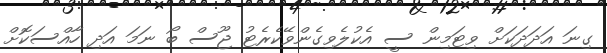
ގިނަ އަދަދަކަށް ވިޓަމިން ސީ އެކުލެވިގެންވޭކެރެޓު ޖޫސް ބޯ ނަމަ އަދި ހާއްސަކޮށް